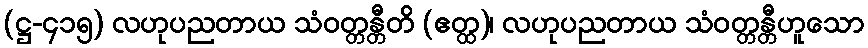
(ဋ္ဌ-၄၁၅) လဟုပညတာယ သံဝတ္တန္တီတိ (ဧတ္ထ)၊ လဟုပညတာယ သံဝတ္တန္တီဟူသော